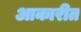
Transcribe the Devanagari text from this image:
आकारीत